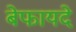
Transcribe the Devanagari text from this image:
बेफायदे